Problem: 21 + 21 = ?
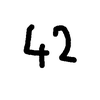
Handwritten answer: 42